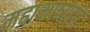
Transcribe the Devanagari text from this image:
महाभाष्यांत